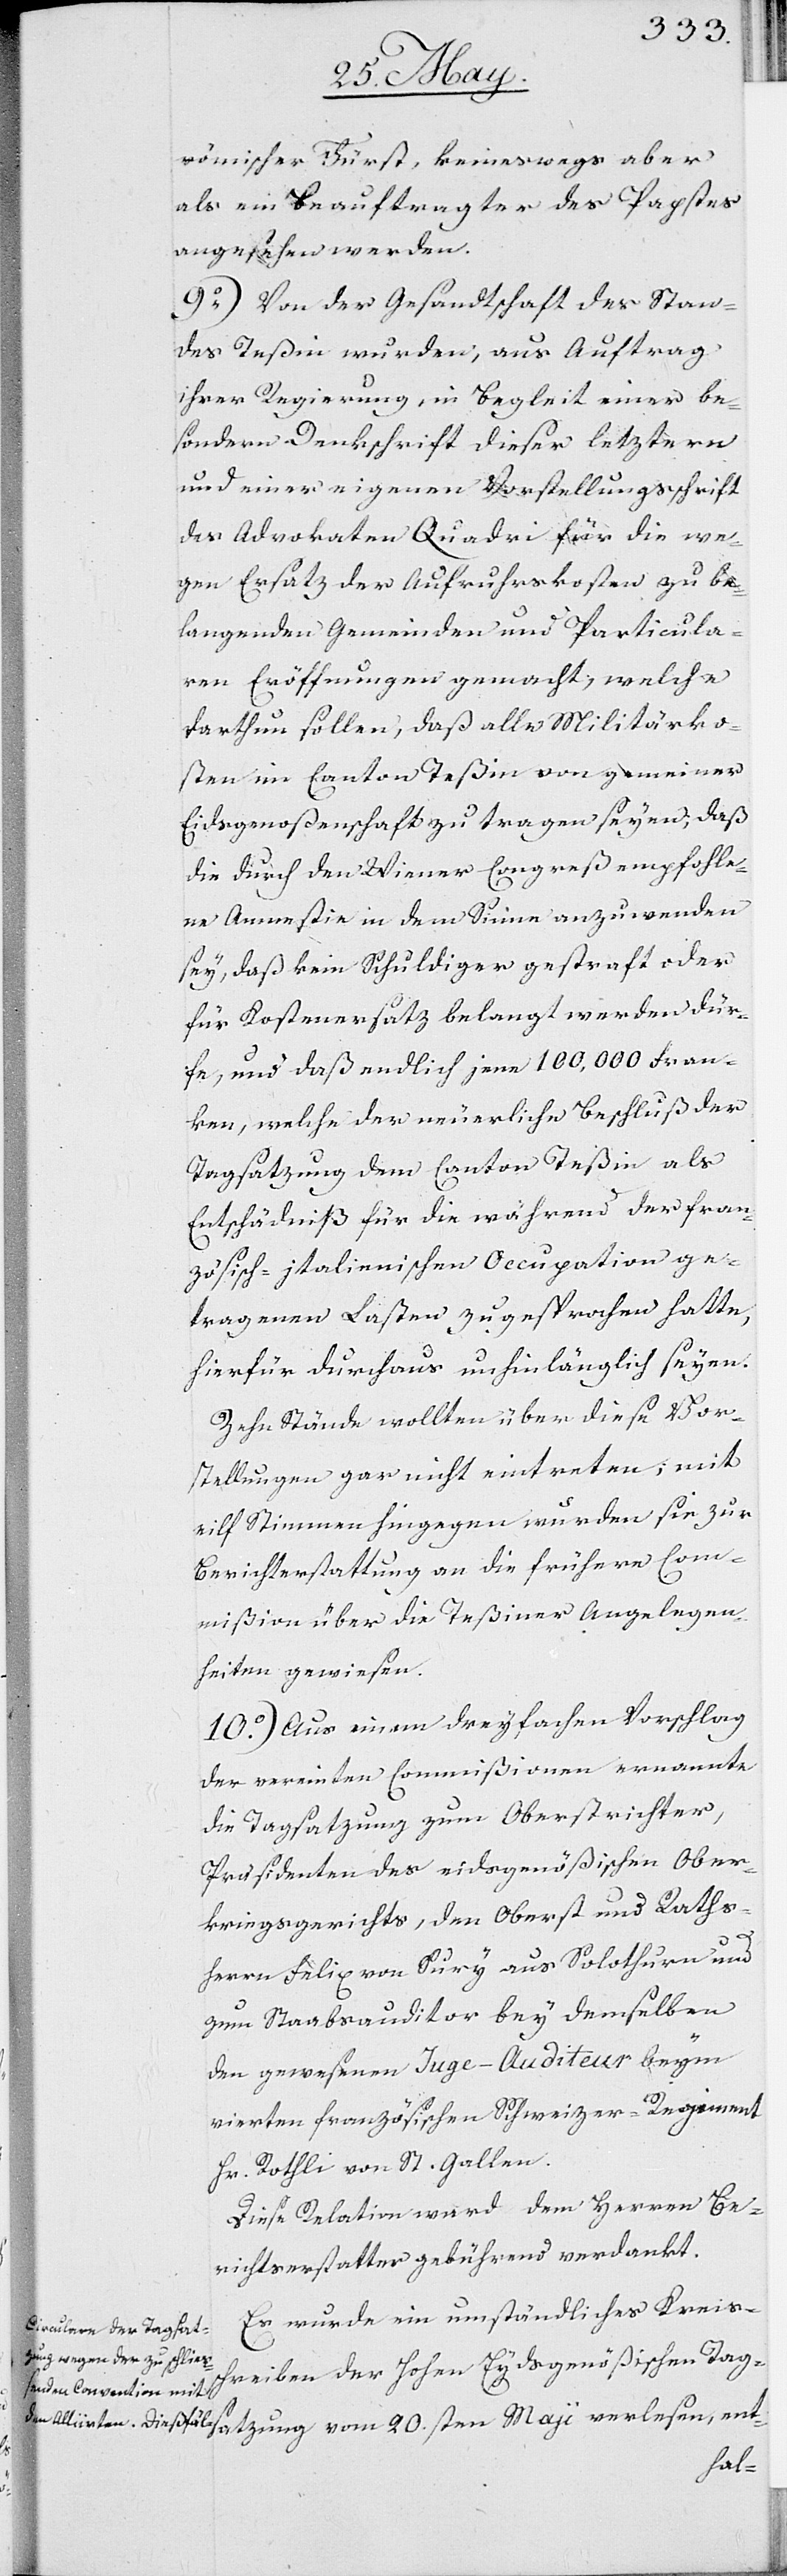
Es wurde ein umständliches Kreis¬
schreiben der Hohen Eydsgenößischen Tagsa¬
tzung